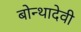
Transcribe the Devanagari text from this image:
बोन्थादेवी